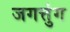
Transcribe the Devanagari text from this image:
जगत्तुंग